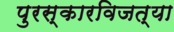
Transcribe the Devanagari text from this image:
पुरस्कारविजत्या